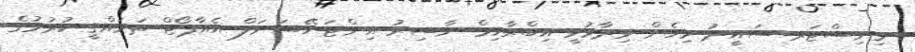
މިނިސްޓަރ ސައީދު މިހެން ވިދާޅުވީ އިބްރާހިމް ނާސިރު އިންޓަނޭޝަނަލް އެއާޕޯޓް ތަރައްޤީ ކުރުމުގެ